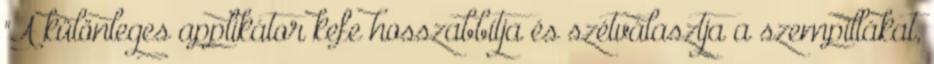
"A különleges applikátor kefe hosszabbítja és szétválasztja a szempillákat,